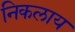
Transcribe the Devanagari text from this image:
निकलाय